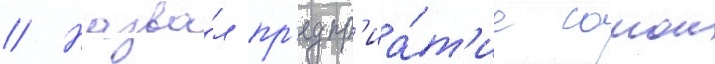
// Назва́л пр'едпр'иа́т'ие самои